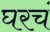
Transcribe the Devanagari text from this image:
घरचं